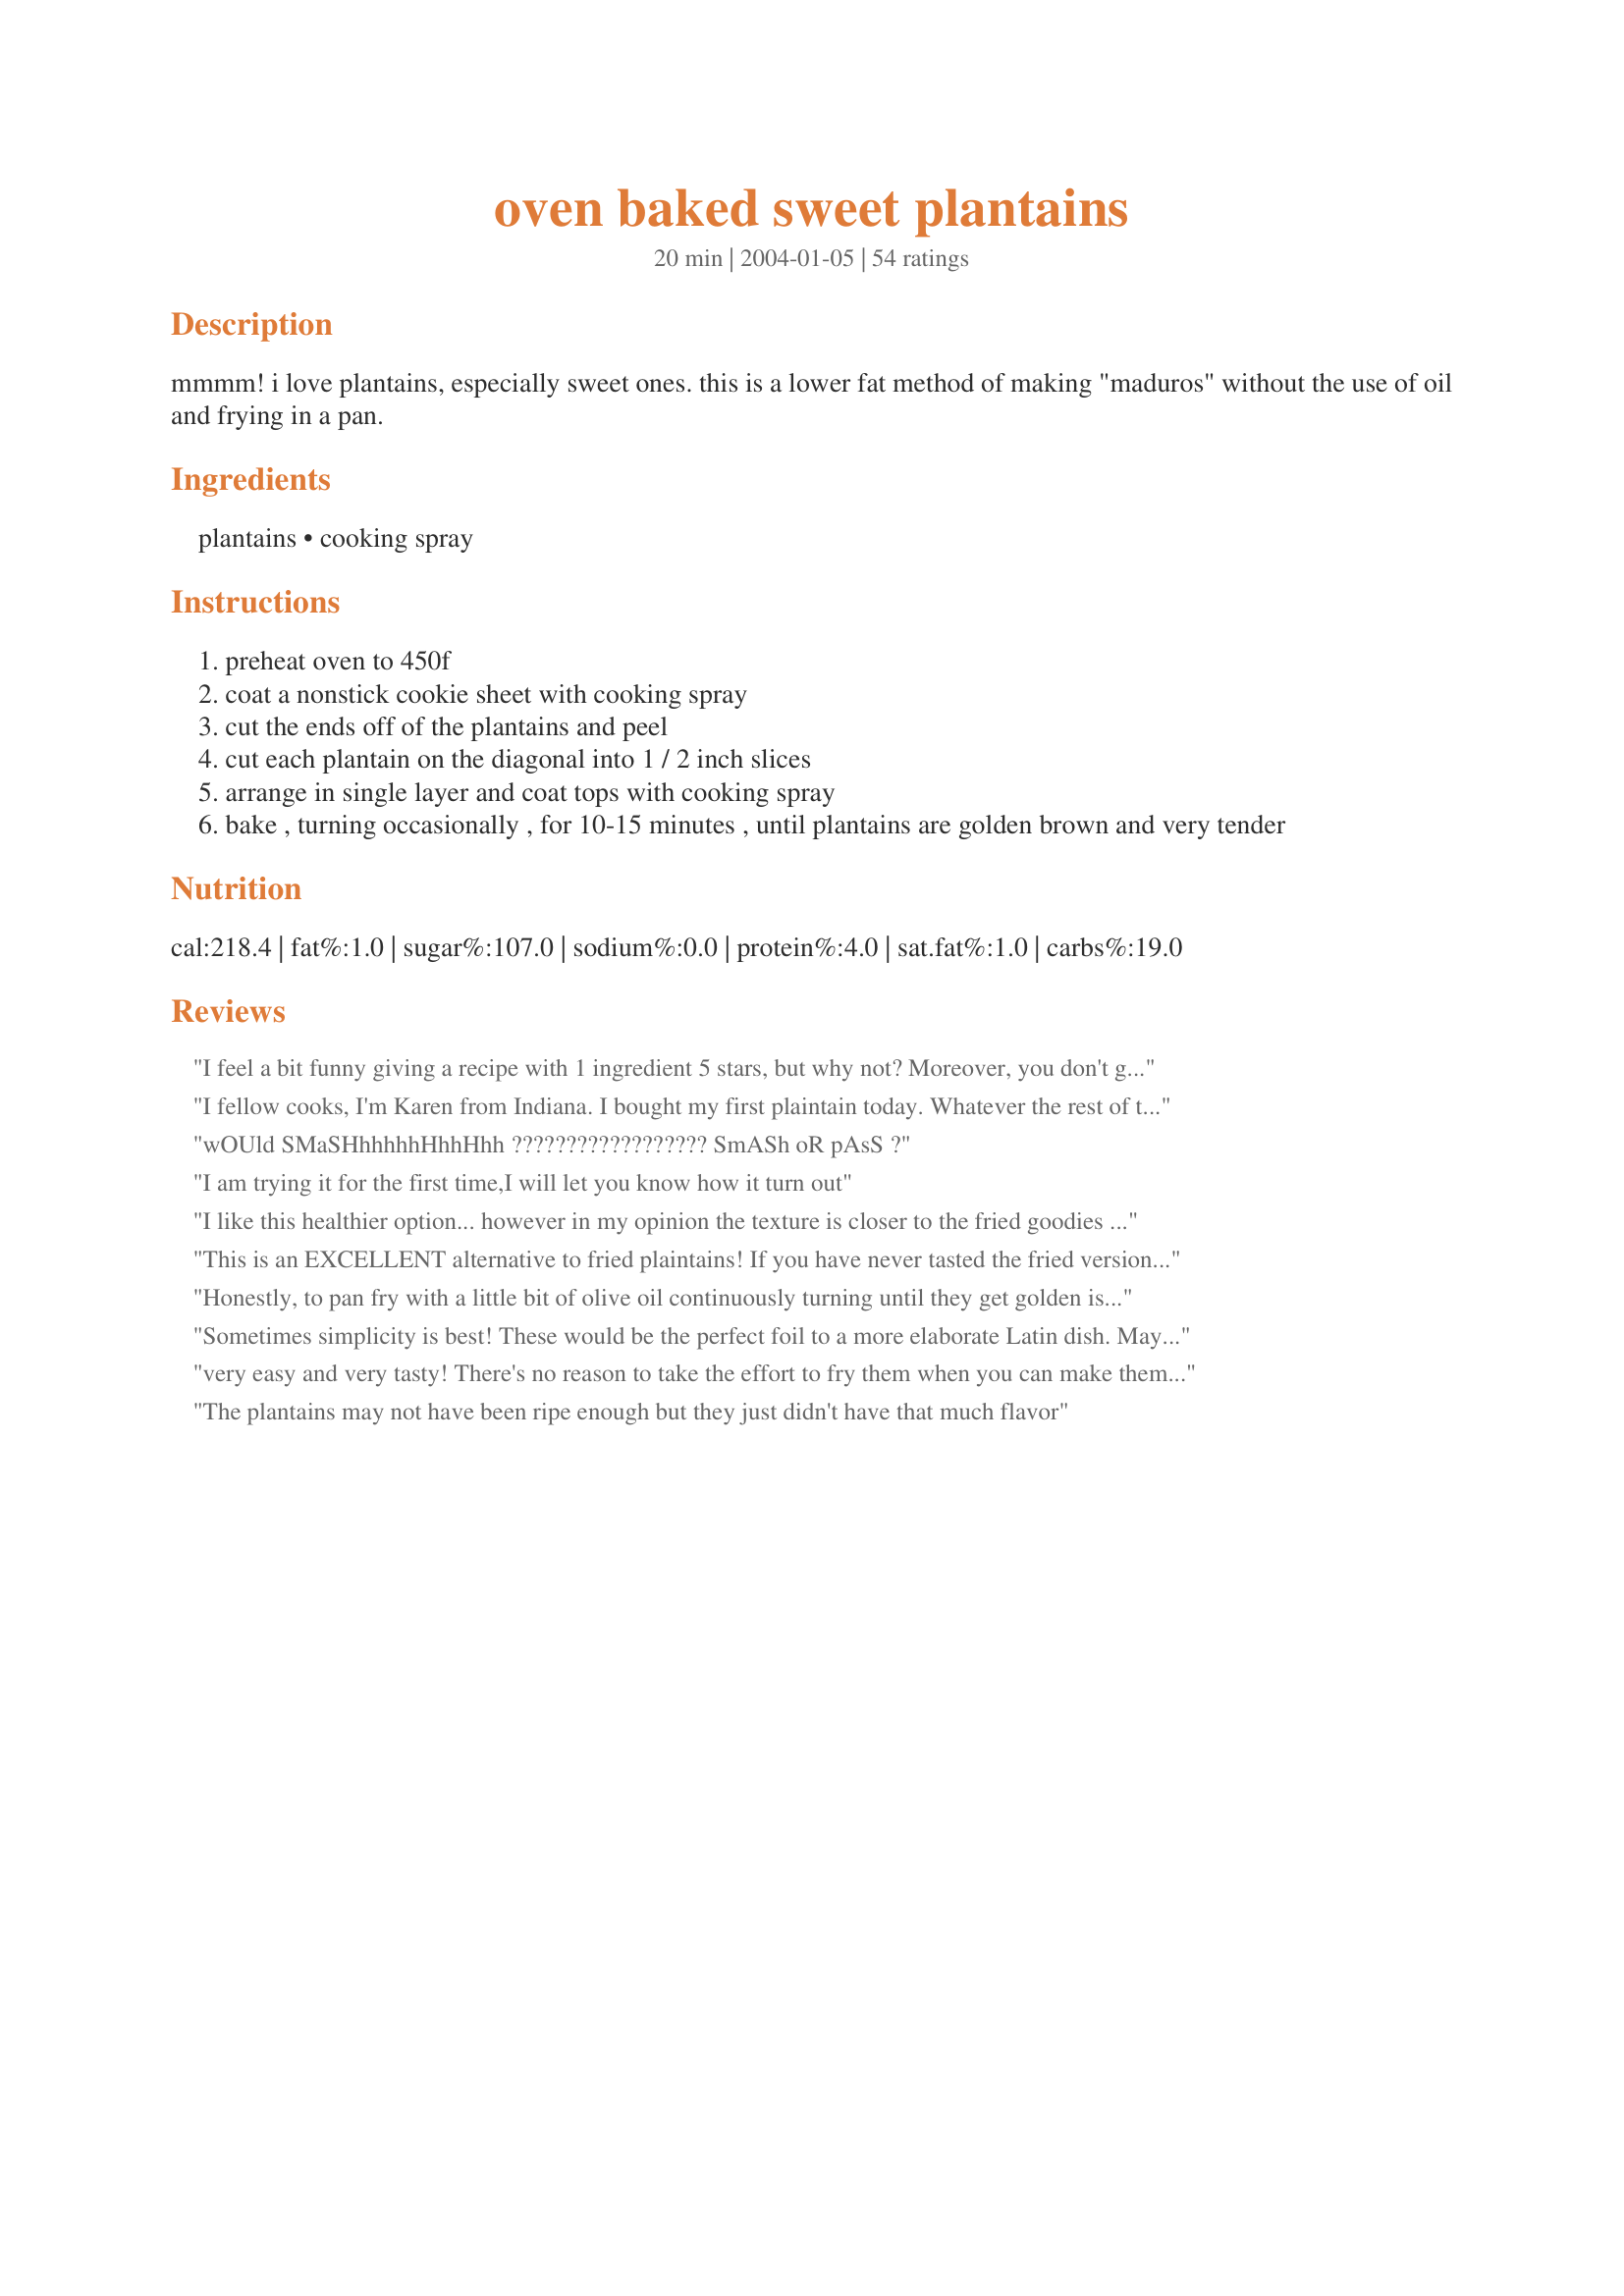
oven baked sweet plantains
Preparation time: 20 minutes

mmmm! i love plantains, especially sweet ones. this is a lower fat method of making "maduros" without the use of oil and frying in a pan.

Ingredients:
plantains, cooking spray

Steps:
preheat oven to 450f
coat a nonstick cookie sheet with cooking spray
cut the ends off of the plantains and peel
cut each plantain on the diagonal into 1 / 2 inch slices
arrange in single layer and coat tops with cooking spray
bake , turning occasionally , for 10-15 minutes , until plantains are golden brown and very tender

Reviews:
I feel a bit funny giving a recipe with 1 ingredient 5 stars, but why not? Moreover, you don't get more healthful than this! High in fiber, vitamins A & C and no fat! This was the first time I ever bought plantains to make. A better side dish than mashed potatoes! I'd make this again, it's so easy! I only had to turn them them once. Thanks Angela!
I fellow cooks, I'm Karen from Indiana. I bought my first plaintain today. Whatever the rest of the world has, Indiana has 20 years later. My question is what do I serve it with? Is it desert, is it a side? I try to watch carbs. Tonight I'm making baked cod with rice and asparagus on the side. Should I hold my plantain for another day? Thanks
wOUld SMaSHhhhhhHhhHhh ?????????????????? SmASh oR pAsS ?
I am trying it for the first time,I will let you know how it turn out
I like this healthier option... however in my opinion the texture is closer to the fried goodies if they are almost OVER ripe and sliced slightly thinner than the ones shown.
This is an EXCELLENT alternative to fried plaintains! If you have never tasted the fried version, you would not know the difference. The only difference is these are not drowning in oil (or calories)! Be sure to cook them long enough and I only flip them once about 1/2 way through.
Honestly, to pan fry with a little bit of olive oil continuously turning until they get golden is the best way to eat sweet plantains (pl&aacute;tano dulce)
Sometimes simplicity is best! These would be the perfect foil to a more elaborate Latin dish. Maybe as a garnish for paella? I do recommend that the plantains be allowed to blacken, and not to attempt using ordinary bananas as they are just not the same creatures. These are a little high in carbs which I try to avoid, but they do have a little fiber and just a few of these on the side as a sort of garnish would be perfect, since they have their own richness brought about from the browning/caramelizing. Made for ZWT4, team mate! Thanks for having such an easy but also "elegant in its simplicity" recipe for me to enjoy on the tour. ~Sue
very easy and very tasty! There's no reason to take the effort to fry them when you can make them this good baked.
The plantains may not have been ripe enough but they just didn't have that much flavor
10 frickin stars!!!! I have been eating fried plantains all my life and these are so good minus the calories. I can't wait to introduce my mom to these! This is all the goodness without patting them on paper towel. I am actually very excited (so sad, lol) because I've really cut back on them but now I can have them all the time without the guilt.
These were fantastic---a full five stars for sure! I came across the recipe while looking for another one which uses plantains. I had never prepared them before, but they were SO easy to make in the oven, and absolutely delicious! I couldn't stop eating them straight from the pan and bought four more at the store yesterday. I will be making these often--quite possibly my new favorite snack!
These were very good, and a nice alternative to frying in a ton of oil! I find with plantains, it's better to go by the feel as well as the color. I've bought plenty of yellow/black plantains that were still very firm, and not very sweet when cooked. It's best to make sure they're starting to feel a little soft when purchased (like a nicely ripe banana), because then never really seem to ripen/soften fully by siting out on the counter!
Delicious and easy! I cut each plantain in half and then lengthwise into four strips. I sprayed each strip with plenty of oil on both sides as per other reviewers' suggestions and baked them for 15 minutes turning them once. Excellent and easy, healthier and not as messy as frying them in a skillet.
This is fantastic! They come out PERFECT, actually better than the deep fried ones. Thank you very much!
Delicious! I made these and topped them with a drizzle of Sukari Sauce, for an African themed event for 2000 women. They were a HUGE hit. We served them over ice cream (it was 110 that day). The sweetness and texture of the plantain, the creaminess of the ice cream, combined with the tangy, savory sauce created an explosion of flavor and texture in your mouth.<br/><br/>Savory Sauce: Equal parts sugar, balsamic vinegar, and water. Add a teaspoon or two of ginger, cinnamon, a dash or two of allspice. Boil and cook on high until reduced by half. Add a pat or two of butter at the end, which finishes the sauce with a little fat to mellow the acidity, and wow....
Delicious!! I haven't had maduros since I studied abroad in Costa Rica in 2007 and was really craving them and this hit the spot! Obviously not as good as traditional ones since everything tastes better fried but really close! Thanks!!
These were very good except i would reccomend that the plantains are a little bit more yellow than black, but it worked out great and they were still very tender.
Addicting!!!!! I love them!!! They had plantains on sale @ the store 6 for $1 I figured I couldnt lose and got a few. So glad I did!!!! This recipe was very easy and very good.
I love plantains - yellow ones, black ones, even green ones. So when I found this way of preparing maduros in a healthier manner I was just giddy with excitement. Prepared them this afternoon as a side for my lunch. They were beautiful to behold, a bright golden hue with some nice browning at the edges. One bite out of the pan and I was sold. Another bite... They never made it as a side as I was done with my single plantain before lunch was done cooking. Thanks Ang!
450 was way too high for my oven. They burned in seconds lol Know your oven. There is nothing wrong with low and slow.
it turned out great!!! loved the texture &amp; the taste!!! :)
Followed the recipe to the letter, and these turned out really poorly. Like some other reviewers here, I'd suggest skipping this recipe if you enjoy the moist, sweet, chewy plantains that result from a fry. I'd rate this recipe higher if it were for plantain chips.
We usually have this sweet bananas fried, and though it takes longer to cook than pan-fried it's much healthier! Thanks! Made for WZT4.
Plantains are at their ripest when all of the skin is black and it almost looks as if it has gone bad. Since it is being baked, it is also good to sprinkle just a bit of salt over the plantains as this will bring out the sweetness more. I usually fry mine as is what should be done as this fruit is naturally starchy. However, I did try this recipe and it was "ok". You still get a good amount of calories from spraying both the cookie sheet and then the plantains too. I also baked mine at 400F instead of 450 as I used the ripest ones and the natural sugar would have burnt. I will stick to pan frying as this recipe just didn't have them tasting the way they should.
What an excellent, easy and original side dish. The idea of using cooking spray is inspired. I shook on just a smattering of cinnamon.
This was the easiest method I have ever used to cook plaintains and they turned out perfectly each time. I sprinkled the plaintains with allspice, fresh ground cinnamon and a little sea salt.
It really does work, it is traditional to serve with skim milk/ or goat cheese. helpful to add spice to taste.
Absolutely amazing. I've had deep fried plantains from various places but I never even thought to bake them. Yummy and fairly healthy too!

I've tried them with and without both sweet and savory seasoning and I just can't seem to come up with a combination that beats the taste of them plain. 

I find that with my oven 440 for 5 minutes on each side works out great.
These were yummy, simple to make, and didn't make a big mess of my stove top. They tasted just the way plantains should. :) Thank you for posting, made for ZWT4.
So delicious, I sprinkled a tiny bit of cinnamon on each side. I flipped them twice, and they were perfect after about 12 minutes!
This was a great alternative to fried plantains. Next time, I plan to smash them a bit flatter when they're almost done, then finish baking. Served as a side with Cuban sandwiches and black beans. Thanks for posting.
Thank you for the recipe ... Turned out very nicely ... I like the way these turned out much better than frying. Wonderful!
I didn't bother to cut the plantains on the diagonal. I cut them in half crosswise then in half lengthwise. This is healthier but just as yummy as pan-fried.
Plantains hold their own without a lot of other fluff and stuff (ingredients). Thanks for sharing, Ang!! cg
I must admit, I was skeptical about baking plantains, since I had grown up eating and enjoying fried plantains. This method is delicious, though. I used olive oil instead of cooking spray, and baked in a regular baking dish with sides so that the oil wouldn't leak out. Just delicious.
Very good and easy.
Perfect!
Fast and easy and with a great taste.
Low fat, yes. But there is definitely something to be said for preparing this dish in the traditional manner. If you are set on going low-fat, then you may like this recipe since it definitely is healthier than pan-fried. Thank you for posting, but we will be going back to the old school method for superior flavor.
I made these with our elementary student group in Costa Rica. We tossed them with cinnamon and sugar before serving. They were a HUGE hit with parents and kids alike and I had a lot of requests for the recipe.
I tried this recipe 2 weeks ago. Wow! My family loved it. I am preparing the plantains again today! Thank you so much for this recipe.
rock on. Don't go too skimpy on the oil. The plantains will get dry. very good though :-)
i give iy 5 stars
These came out nice and browned with a mild sweet flavor. I enjoyed these for a afternoon snack. Thanks! Made for ZWT4.
Wonderful treat! I have never made them this way before! They do come out starchy though this way- which was great- they tasted like sinful french fries so i doused them in salt and dipped them in catsup! YUM! IF you want a moister plantain baked this way maybe adding some olive oil or other healthy oil or more spray? I think that would do the trick- and then I would spinkle them with cinnamon sugar instead of salt! lol Great recipe Ang! Loved it
I&#039;m really into watching what I eat and that include no fried foods. This is a quick easy way to enjoy plantains! This one is a keeper
So good and so easy. Watch them because they will get burn very fast.
Don't waste your plantain- for anyone whose had good fried plantains you will be disappointed -these were horrible. I just do not think this is makes a good alternative. Go for the calories on this one and fry
This is an excellent recipe. And, healthy on top of that.
I may have pulled them out early; they were still a bit tougher and starchier than I'd like. I plan to reheat these in the microwave later.
Try this variation:

cut the plantains lenghtwise (hot dog style) fill with guava paste and cheese (mozarella). This is a colombian recipe.

To serve cut in quarters.

Warning: let it cool for a little bit guava paste (bocadillo) will be lava paste for the first 5 min.
I give it a 3. Partly because I should have let the plantain ripen more. I think the fried version would taste more authentic, but I surely enjoyed the baked version plenty and enjoyed the less amount of grease going into my body :-). I will try this one again with a ripe plantain.
First time they were delicious! Baked with coconut oil. Yum!!! Second time, not so much. I realized I used yellow plantains the first time and green plantains the second. Yellow is the way to go!
I just bought a green, green plantain for the first time. I was waiting for it to &quot;get ripe&quot; when lo and behold, it said in writing, BAKE ME. Now I really want to eat my plantain in a very few minutes.. NOW! So now I have to go on line to find out how. I did not let that disturb me. I just made my own recipe. I really love plantains. They are still baking. I will let you know later how they tasted. By the way , I use coconut oil or olive oil when fry them.
